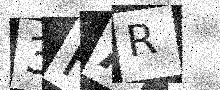
Text: 3HAR